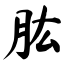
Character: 肱